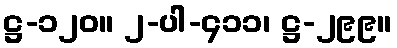
ဋ္ဌ-၁၂၀။ ၂-ပါ-၄၁၁၊ ဋ္ဌ-၂၉၉။